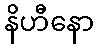
နိဟီနော